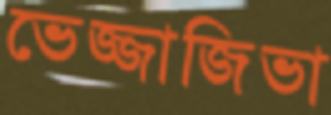
ভেজ্জাজিভা